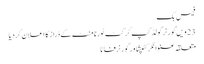
فیس بک
23 ویں گورنر گولڈ کپ کرکٹ ٹورنامنٹ کے ڈراز کا اعلان کر دیا
متعلقہ عنوانکرکٹپشاورگورنرفاٹا